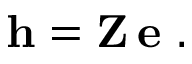
\mathbf { h } = \mathbf { Z } \thinspace \mathbf { e } \mathrm { ~ . ~ }